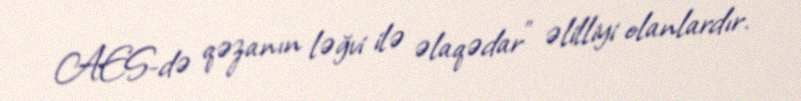
AES-də qəzanın ləğvi ilə əlaqədar” əlilliyi olanlardır.